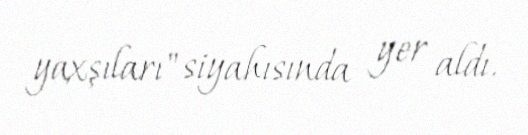
yaxşıları" siyahısında yer aldı.